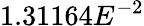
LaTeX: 1.31164E^{-2}